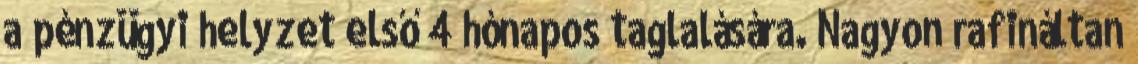
a pénzügyi helyzet első 4 hónapos taglalására. Nagyon rafináltan